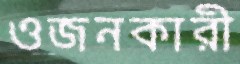
ওজনকারী